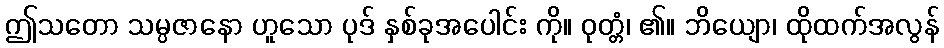
ဤသတော သမ္ပဇာနော ဟူသော ပုဒ် နှစ်ခုအပေါင်း ကို။ ဝုတ္တံ၊ ၏။ ဘိယျော၊ ထိုထက်အလွန်